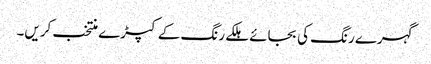
گہرے رنگ کی بجائے ہلکے رنگ کے کپڑے منتخب کریں۔